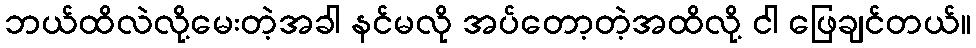
ဘယ်ထိလဲလို့မေးတဲ့အခါ နင်မလို အပ်တော့တဲ့အထိလို့ ငါ ဖြေချင်တယ်။